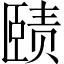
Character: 赜